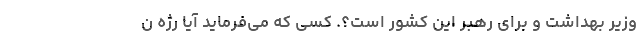
وزیر بهداشت و برای رهبر این کشور است؟. کسی که می‌فرماید آیا رژه ن